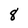
Character: 8